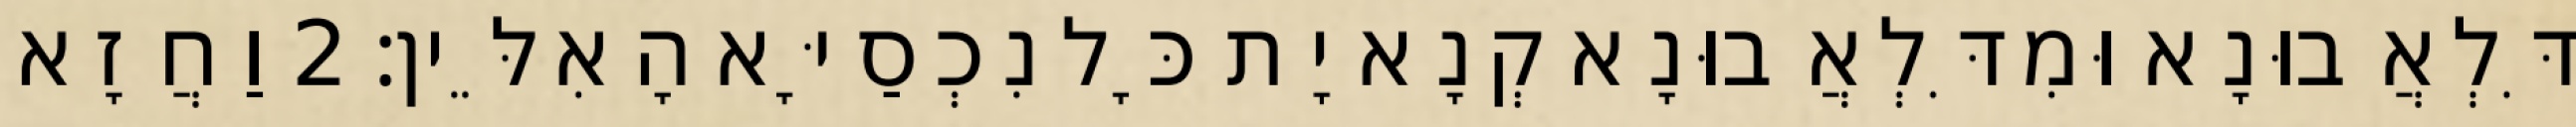
דִּלְאֲבוּנָא וּמִדִּלְאֲבוּנָא קְנָא יָת כָּל נִכְסַיָּא הָאִלֵּין׃ 2 וַחֲזָא